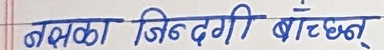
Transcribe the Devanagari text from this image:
नशाका जिन्दगी बाँच्छन्